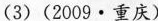
(3)(2009·重庆)